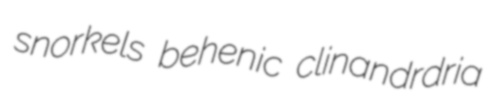
snorkels behenic clinandrdria